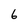
Character: 6